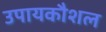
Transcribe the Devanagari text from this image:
उपायकौशल